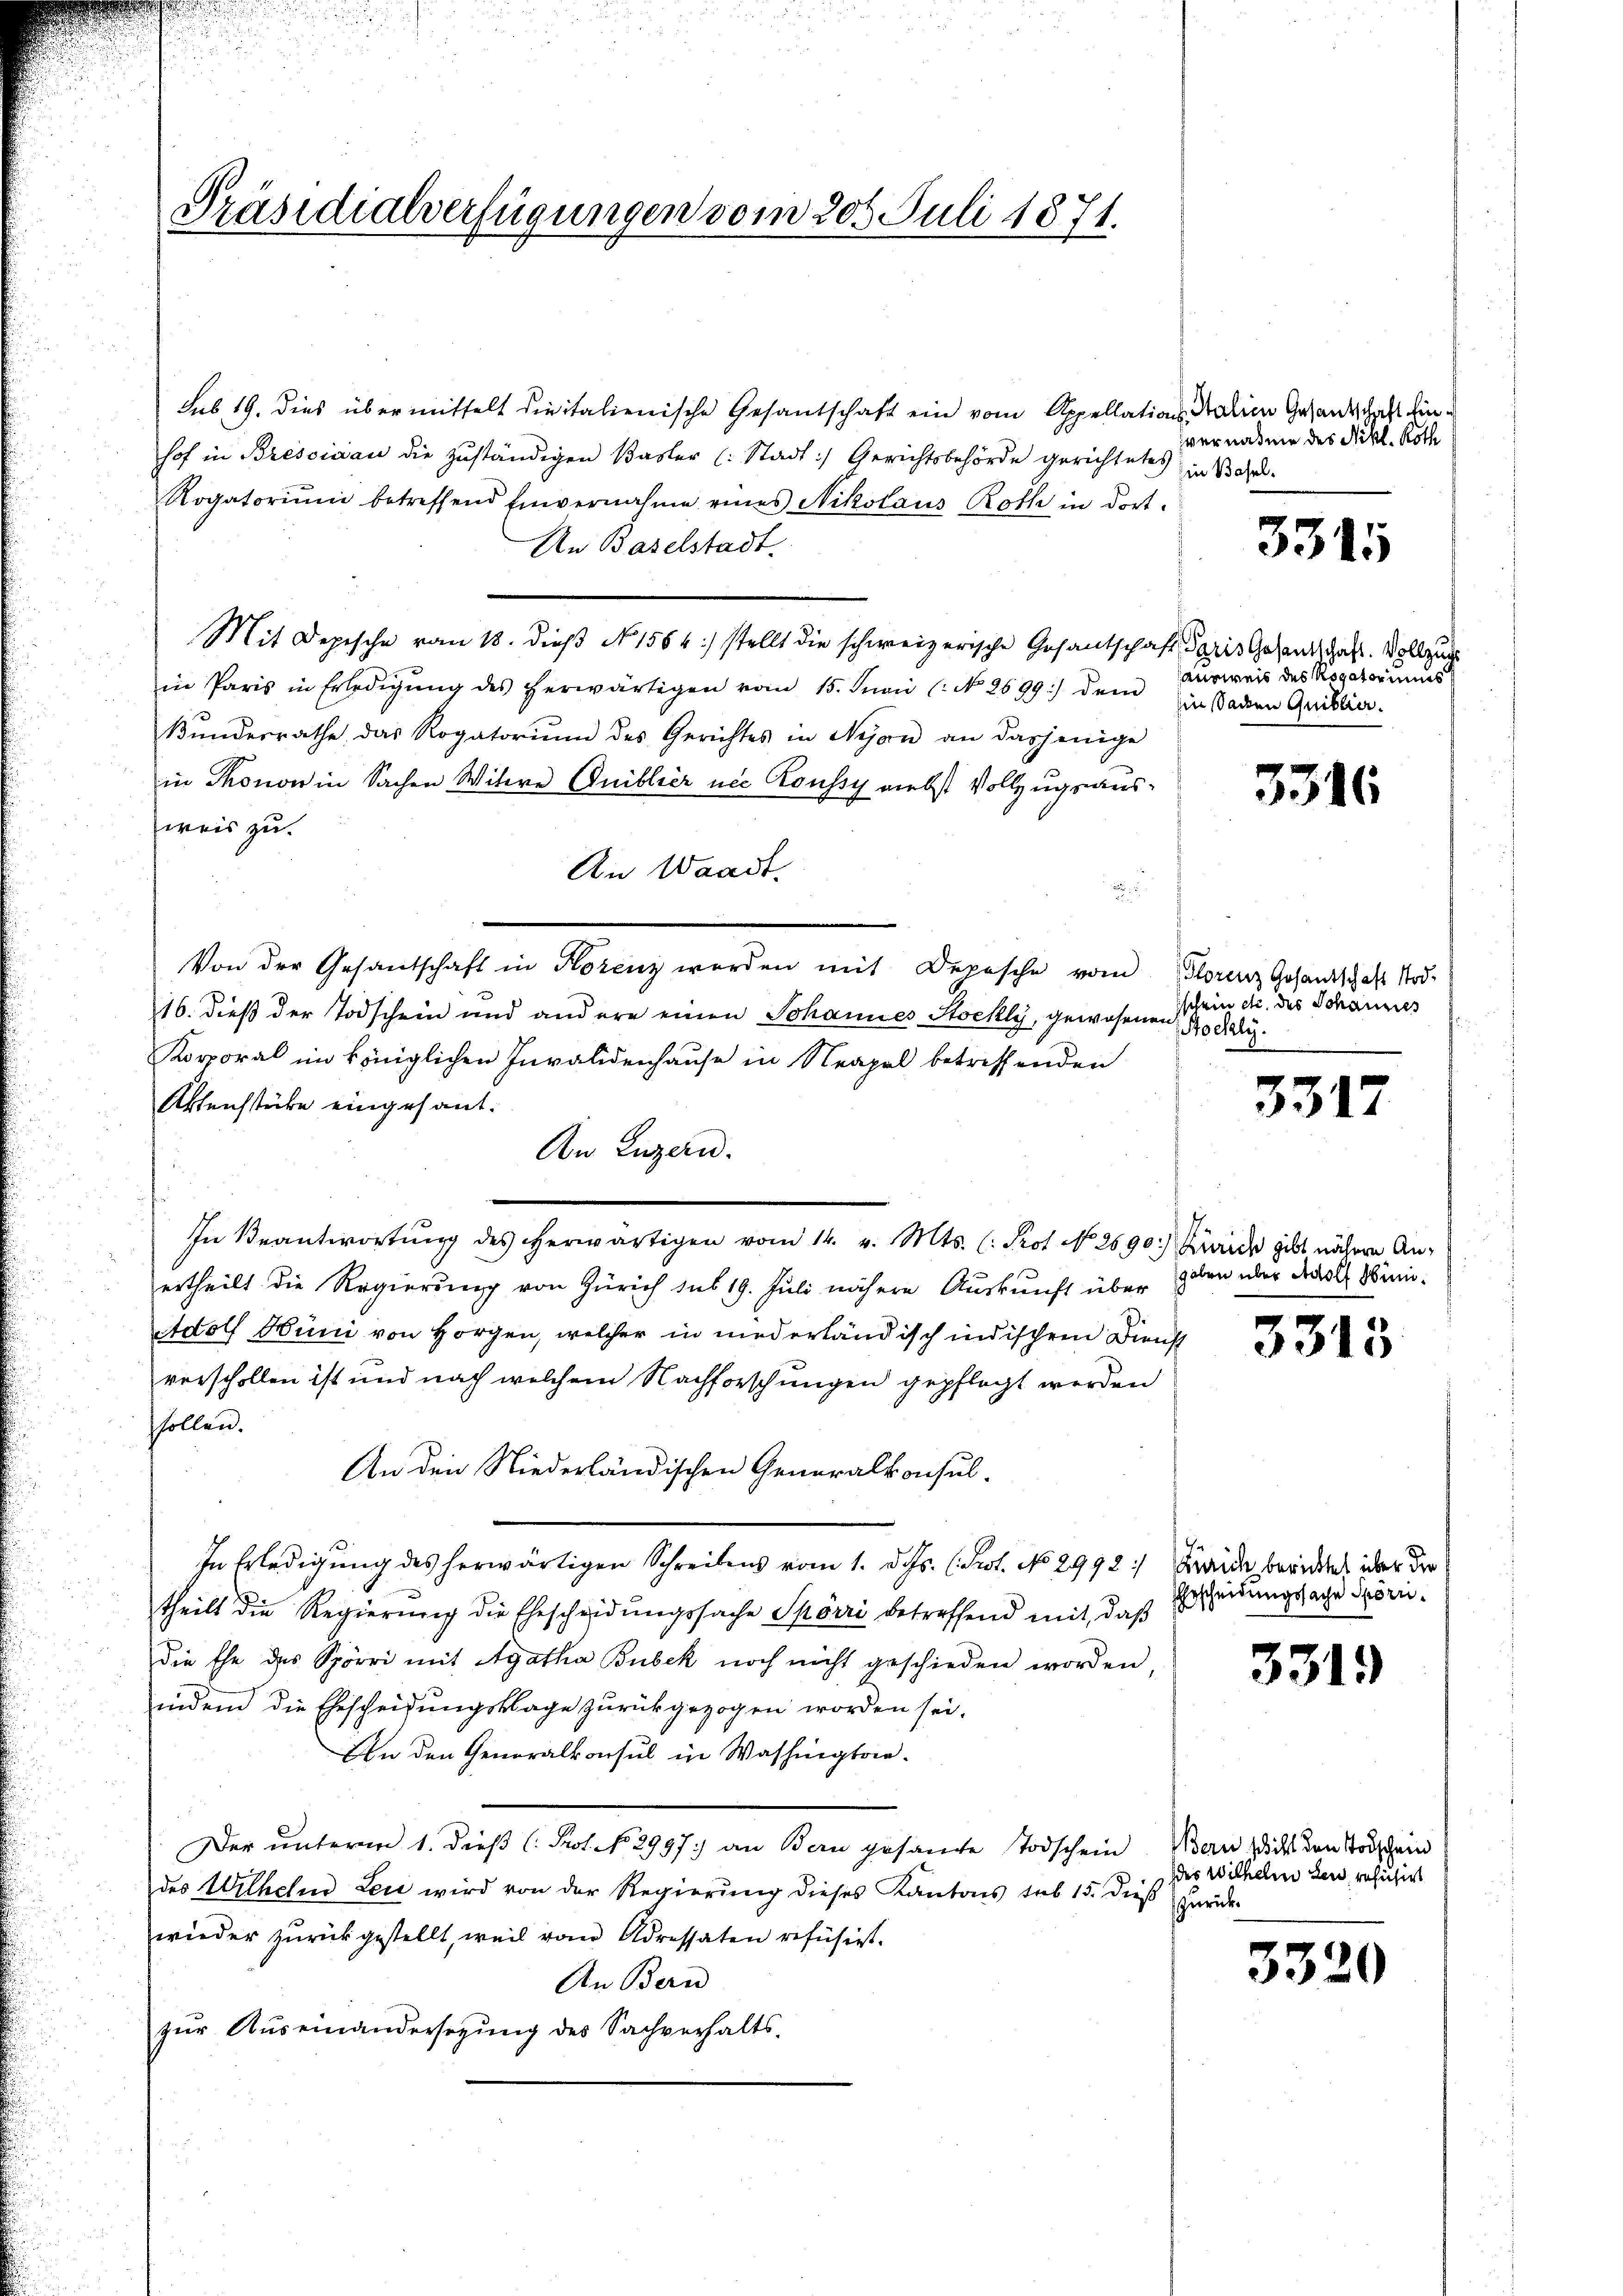
Präsidialverfügungen vom 205. Juli 1871.

sub 19. dies übermittelt die italienische Gesantschaft ein vom Appellationsalien Gesandschaft hinhof in Bressidau die zuständigen Basler (: Stadt Gerichtsbehörde gerichtetes
Rogatoriŭm betreffend Einvernahme eines Nikolaus Roth in dort-
An Baselstadt.
Mit Depische vom 18. dieβ No 1564) stellt die schweizerische Gesantschaft Paris Gesandschaft. Vollzug
in Paris in Erledigŭng des herwärtigen vom 15. Junii (: No 2699) dem Einsaden Quiblior.
Bŭndesrathe das Rogatorium des Gerichtes in Nyon an dasjenige
in Thonow in Sachen Witwe Guibliéz nie Roussy nebst Vollzugsausweis zu.
An Waadt.

Von der Gesantschaft in Horenz werden mit Depesche vom Storenz Gesandschaft Rod¬
16. dieß der Todschein und andere einen Johannes Stockly, gewesenen ein etc. des Schauses
Korporal im königlichen Invalidenhause in Neapel betreffenden
Aktenstücke eingesant.
An Luzern.
In Beantwortung des herwärtigen vom 14. v. Mts. (: Prot. No. 2690) Zürich gibt nähere Anertheilt die Regierung von Zürich sub 19. Juli nähere Auskunft über geben über das Mini¬
Adolf Hüni von Horgen, welcher in niederländisch indischem Dienst
verschollen ist und nach welchem Nachforschungen gepflegt werden
shollen.
An den Niederländischen Generalkonsul¬
In Erledigung des herwärtigen Schreibens vom 1. ds. (Sit. No 2992: Fraide berichtes über der
theilt die Regierung die Ehescheidungssache Spörri betreffend mit, daß
die Ehe des Spörri mit Agatha Bubek noch nicht geschieden worden,
inden die Ehescheidungsklage zurückgezogen worden sei.
An den Generalkonsul in Washingtrie¬
Der unterm 1. dieß (Pot. N. 2997.) an Bern gesamte Todschein Bern dicht den Todschein
des Urthelnd Leu wird von der Regierung dieses Kantons sub 15. dieß zurück-
wieder zŭrückgestellt, weil vom Adressaten refüsirt.
An Bern
zŭr Aŭseinandersezung des Sachverhalts-

vernahme des Nikl. Roth
Ein Basel.

3315

ausweis des Rogatoriums

3316

Hochly.

3317

331

3319

5

Ehrscheidungssache Spörri¬

des Wilhelm Sei resisirt

3320